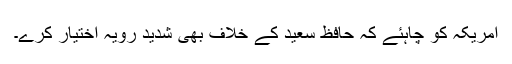
امریکہ کو چاہئے کہ حافظ سعید کے خلاف بھی شدید رویہ اختیار کرے۔